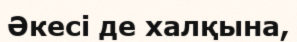
Әкесі де халқына,